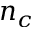
n _ { c }